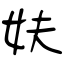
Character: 妋